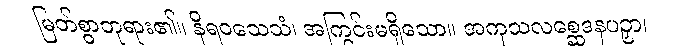
မြတ်စွာဘုရား၏။ နိရဝသေသံ၊ အကြွင်းမရှိသော။ အကုသလစ္ဆေဒနပဉှာ၊